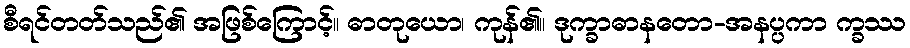
စီရင်တတ်သည်၏ အဖြစ်ကြောင့်။ ဓာတုယော၊ ကုန်၏။ ဒုက္ခာဓာနတော-အနပ္ပကာ က္ခဿ